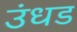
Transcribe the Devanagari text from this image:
उंधड